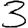
Digit: 3